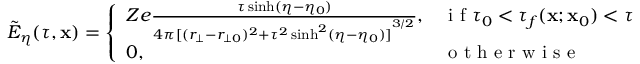
\tilde { E } _ { \eta } ( \tau , \mathbf { x } ) = \left\{ \begin{array} { l l } { Z e \frac { \tau \sinh ( \eta - \eta _ { 0 } ) } { 4 \pi { [ ( r _ { \bot } - r _ { \bot 0 } ) ^ { 2 } + \tau ^ { 2 } \sinh ^ { 2 } ( \eta - \eta _ { 0 } ) ] } ^ { 3 / 2 } } , } & { \mathrm { ~ i ~ f ~ } \tau _ { 0 } < \tau _ { f } ( \mathbf { x } ; \mathbf { x } _ { 0 } ) < \tau } \\ { 0 , } & { \mathrm { ~ o ~ t ~ h ~ e ~ r ~ w ~ i ~ s ~ e ~ } } \end{array} \right.